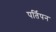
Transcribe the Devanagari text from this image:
पर्तिपन